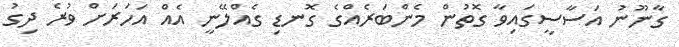
ގާނޫނު އަސާސީގައިވާ ގޮތުން މެންބަރެއްގެ ގޮނޑި ގެއްލޭނީ އެއް އަހަރަށް ވުރެ ދިގު